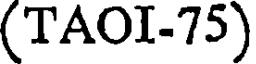
(TAOI-75)